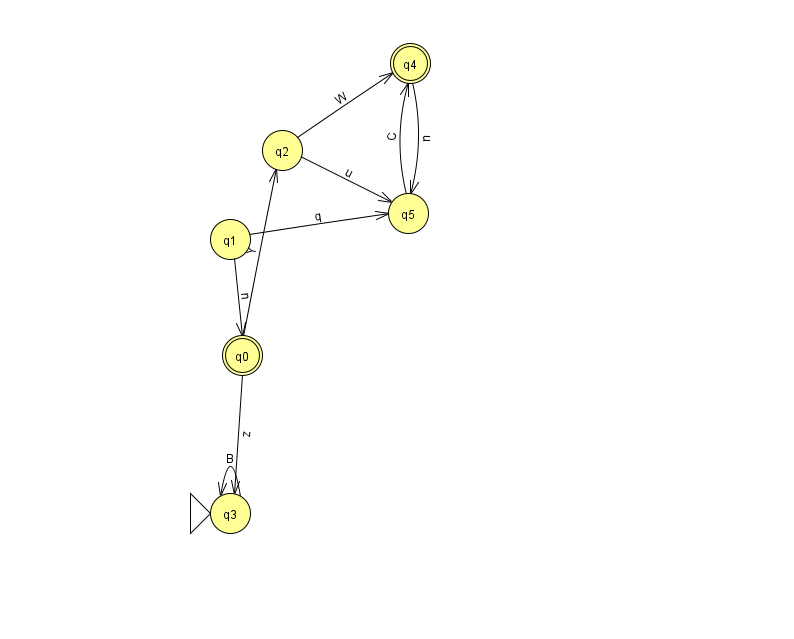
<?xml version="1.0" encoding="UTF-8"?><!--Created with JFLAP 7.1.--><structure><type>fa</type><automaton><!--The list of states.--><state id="0" name="q0"><x>242.0</x><y>342.0</y><final/></state><state id="1" name="q1"><x>230.0</x><y>226.0</y></state><state id="2" name="q2"><x>282.0</x><y>137.0</y></state><state id="3" name="q3"><x>230.0</x><y>500.0</y><initial/></state><state id="4" name="q4"><x>410.0</x><y>50.0</y><final/></state><state id="5" name="q5"><x>408.0</x><y>200.0</y></state><!--The list of transitions.--><transition><from>1</from><to>0</to><read>n</read></transition><transition><from>5</from><to>4</to><read>C</read></transition><transition><from>3</from><to>3</to><read>B</read></transition><transition><from>0</from><to>3</to><read>z</read></transition><transition><from>1</from><to>5</to><read>q</read></transition><transition><from>0</from><to>2</to><read>Y</read></transition><transition><from>2</from><to>5</to><read>u</read></transition><transition><from>2</from><to>4</to><read>W</read></transition><transition><from>4</from><to>5</to><read>n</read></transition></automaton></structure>